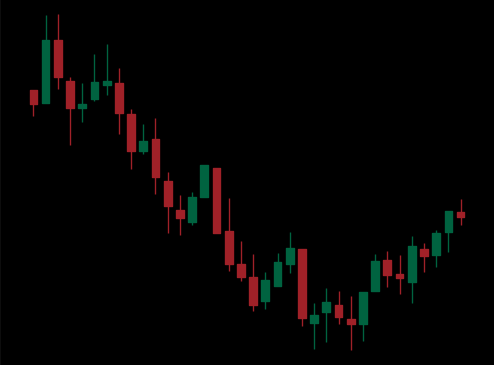
Pattern: bull_flag